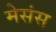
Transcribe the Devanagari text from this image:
मेसंस